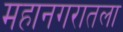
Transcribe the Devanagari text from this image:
महानगरातला